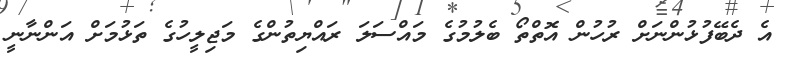
އެ ދެބޭފުޅުންނަށް ރުހުން އޮތްތޯ ބެލުމުގެ މައްސަލަ ރައްޔިތުންގެ މަޖިލީހުގެ ތަޅުމަށް އަންނާނީ